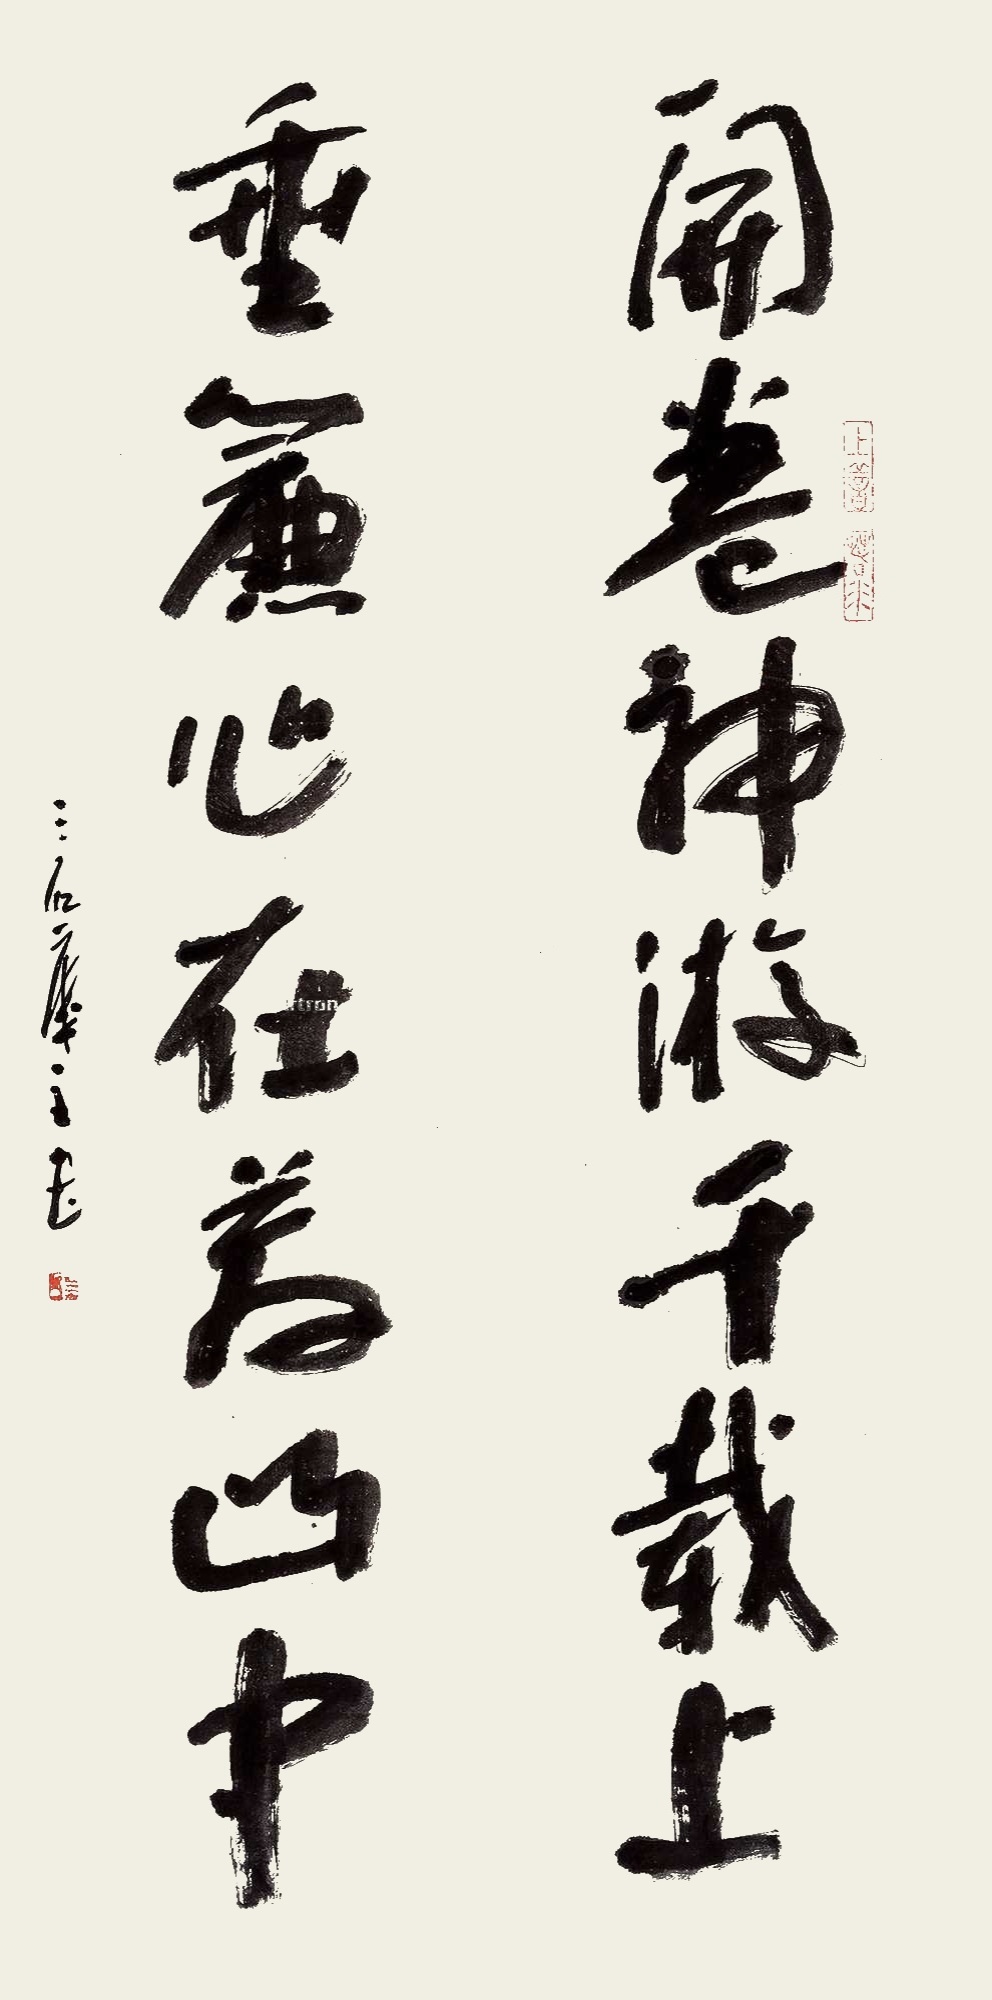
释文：开卷神游千载上，垂帘心在万山中。三石楼主书。